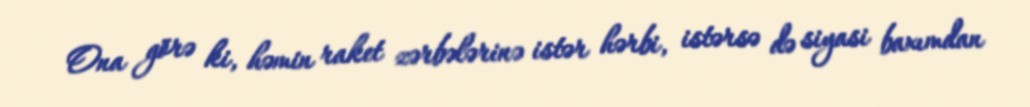
Ona görə ki, həmin raket zərbələrinə istər hərbi, istərsə də siyasi baxımdan